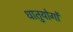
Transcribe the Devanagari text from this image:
धातुयोगों